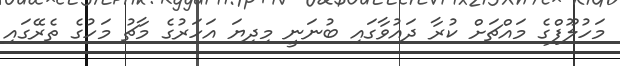
މަހުލޫފްގެ މައްޗަށް ކުރާ ދައުވާގައި ބުނަނީ މިދިޔަ އަހަރުގެ މާޗު މަހުގެ ތެރޭގައި